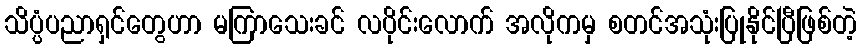
သိပ္ပံပညာရှင်တွေဟာ မကြာသေးခင် လပိုင်းလောက် အလိုကမှ စတင်အသုံးပြုနိုင်ပြီဖြစ်တဲ့